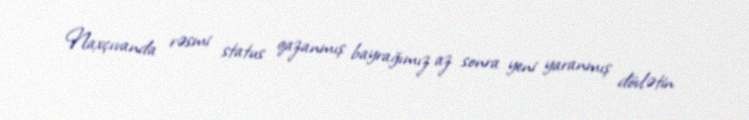
Naxçıvanda rəsmi status qazanmış bayrağımız az sonra yeni yaranmış dövlətin